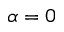
\alpha = 0